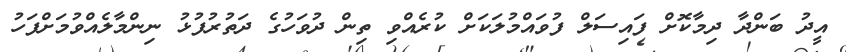
އީދު ބަންދާ ދިމާކޮށް ފައިސަލް ފުވައްމުލަކަށް ކުރެއްވި ތިން ދުވަހުގެ ދަތުރުފުޅު ނިންމާލެއްވުމަށްފަހު